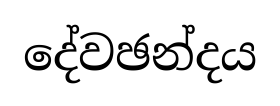
දේවඡන්දය